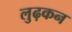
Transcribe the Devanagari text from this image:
लुढ़कन